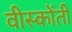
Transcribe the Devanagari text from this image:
वीस्कोंती